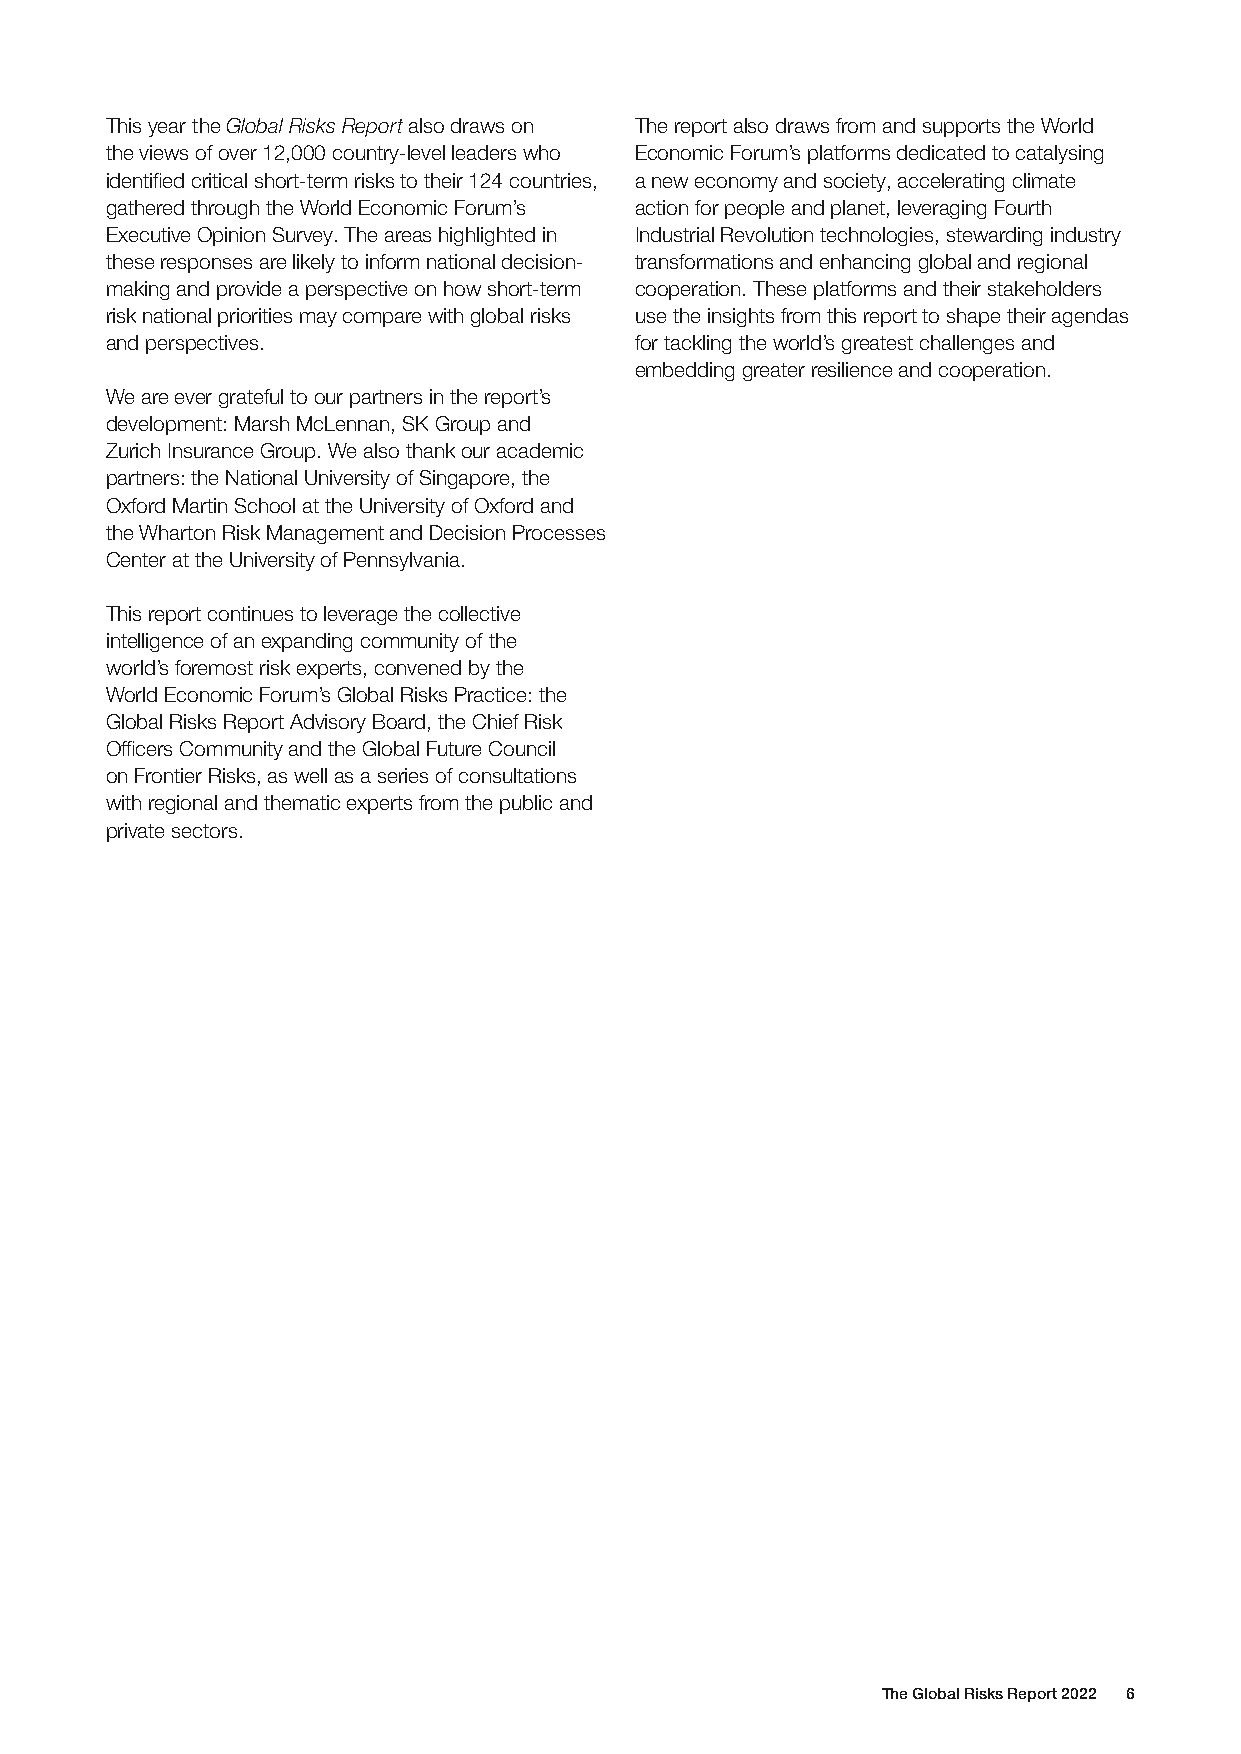
This year the Global Risks Report also draws on The report also draws from and supports the World
 the views of over 12,000 country-level leaders who Economic Forum’s platforms dedicated to catalysing
 identified critical short-term risks to their 124 countries, a new economy and society, accelerating climate
 gathered through the World Economic Forum’s action for people and planet, leveraging Fourth
 Executive Opinion Survey. The areas highlighted in Industrial Revolution technologies, stewarding industry
 these responses are likely to inform national decision- transformations and enhancing global and regional
 making and provide a perspective on how short-term cooperation. These platforms and their stakeholders
 risk national priorities may compare with global risks use the insights from this report to shape their agendas
 and perspectives.                  for tackling the world’s greatest challenges and
 embedding greater resilience and cooperation.
 We are ever grateful to our partners in the report’s
 development: Marsh McLennan, SK Group and
 Zurich Insurance Group. We also thank our academic
 partners: the National University of Singapore, the
 Oxford Martin School at the University of Oxford and
 the Wharton Risk Management and Decision Processes
 Center at the University of Pennsylvania.
 This report continues to leverage the collective
 intelligence of an expanding community of the
 world’s foremost risk experts, convened by the
 World Economic Forum’s Global Risks Practice: the
 Global Risks Report Advisory Board, the Chief Risk
 Officers Community and the Global Future Council
 on Frontier Risks, as well as a series of consultations
 with regional and thematic experts from the public and
 private sectors.
 The Global Risks Report 2022 6